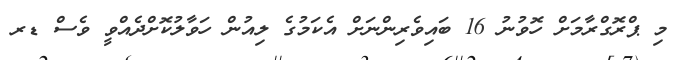
މި ޕްރޮގްރާމަށް ހޮވުނު 16 ބައިވެރިންނަށް އެކަމުގެ ލިއުން ހަވާލުކޮށްދެއްވީ ވެސް ޑރ